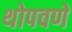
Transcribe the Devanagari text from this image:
थोपवणे